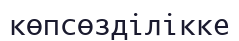
көпсөзділікке